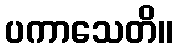
ပကာသေတိ။